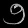
Digit: ၅